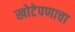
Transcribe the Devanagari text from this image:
खोटेपणाचा